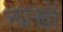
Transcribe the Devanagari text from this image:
लाख़ों